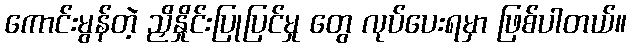
ကောင်းမွန်တဲ့ ညှိနှိုင်းပြုပြင်မှု တွေ လုပ်ပေးရမှာ ဖြစ်ပါတယ်။